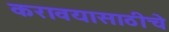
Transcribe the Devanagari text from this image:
करावयासाठीचे